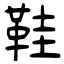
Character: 鞋